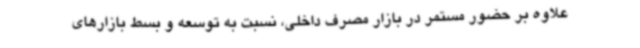
علاوه بر حضور مستمر در بازار مصرف داخلی، نسبت به توسعه و بسط بازارهای